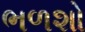
ભળશો